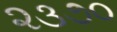
૨૩૭૦